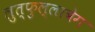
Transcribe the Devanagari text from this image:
लुत्फुल्लाबेग